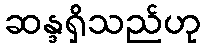
ဆန္ဒရှိသည်ဟု